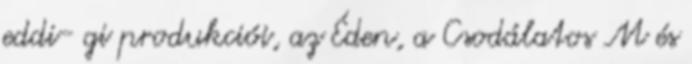
eddi- gi produkciói, az Éden, a Csodálatos M és